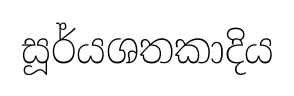
සූර්යශතකාදිය